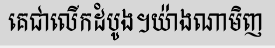
គេជាលើកដំបូង។យ៉ាងណាមិញ